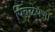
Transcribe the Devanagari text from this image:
पिवळेपणा